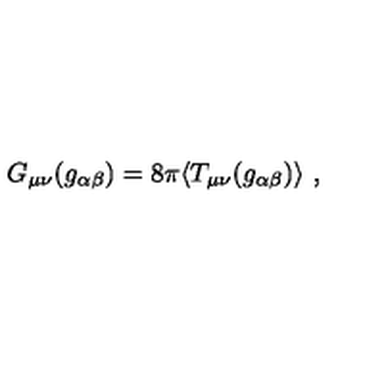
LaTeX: G _ { \mu \nu } ( g _ { \alpha \beta } ) = 8 \pi \langle T _ { \mu \nu } ( g _ { \alpha \beta } ) \rangle \ ,